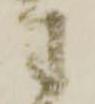
さ